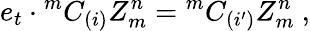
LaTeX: e_{t}\cdot{^mC_{(i)}}Z_{m}^{n}={^mC_{(i^{\prime})}}Z_{m}^{n}~,